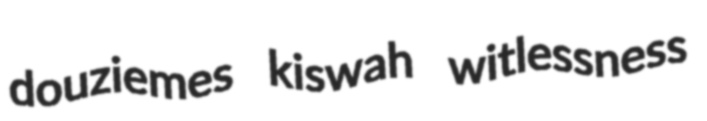
douziemes kiswah witlessness